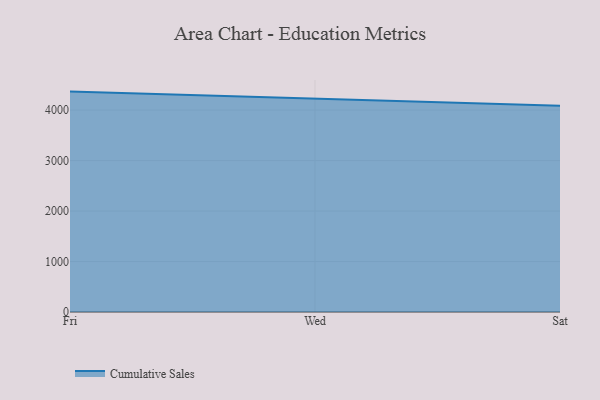
{"axis": {"x": "Day", "y": "Churn Rate (%)"}, "legend": ["Cumulative Sales"], "data": [{"x": "Fri", "y": 4365.8, "type": "Cumulative Sales"}, {"x": "Wed", "y": 4231.5, "type": "Cumulative Sales"}, {"x": "Sat", "y": 4085.5, "type": "Cumulative Sales"}]}